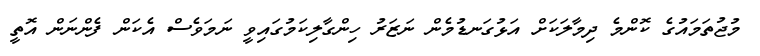
މުޖުތަމައުގެ ކޮންމެ ދިމާލަކަށް އަޅުގަނޑުމެން ނަޒަރު ހިންގާލިކަމުގައިވީ ނަމަވެސް އެކަން ފެންނަން އޮތީ